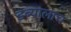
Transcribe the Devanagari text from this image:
डब्यालाच